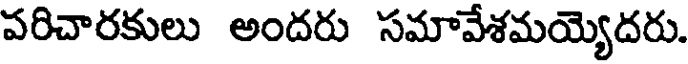
పరిచారకులు అందరు సమావేశమయ్యెదరు.